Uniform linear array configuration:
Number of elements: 32
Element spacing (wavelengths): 0.5
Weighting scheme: binomial
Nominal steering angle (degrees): -15
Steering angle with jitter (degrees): -13.69
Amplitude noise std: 0.05
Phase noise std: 0.05

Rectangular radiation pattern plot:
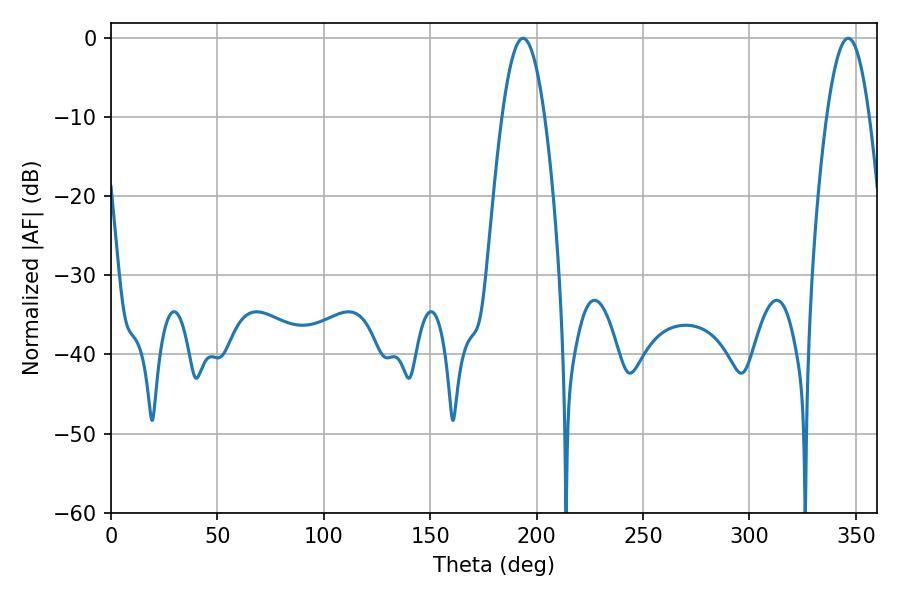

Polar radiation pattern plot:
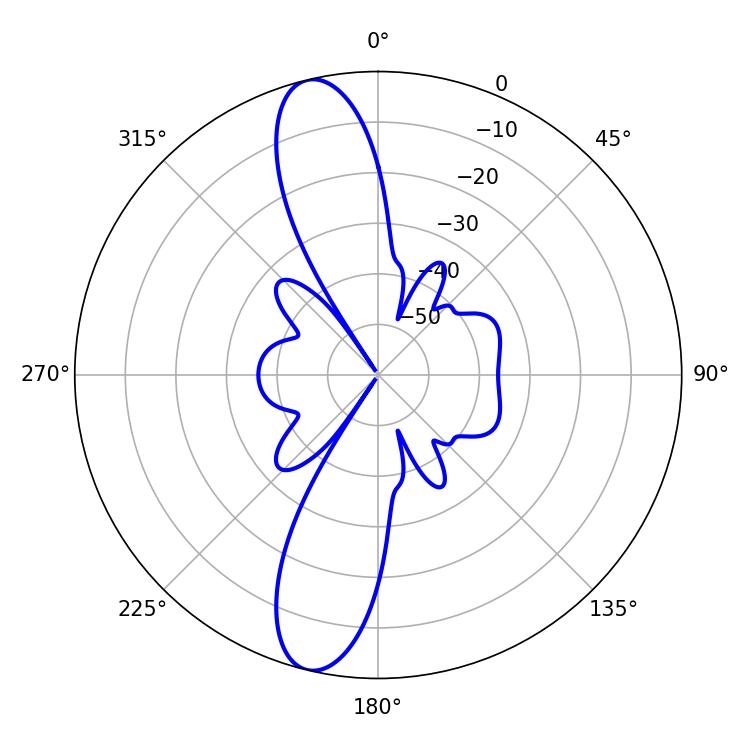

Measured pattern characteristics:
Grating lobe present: FALSE
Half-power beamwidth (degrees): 10.8
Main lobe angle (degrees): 346.32